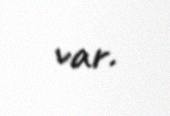
var.